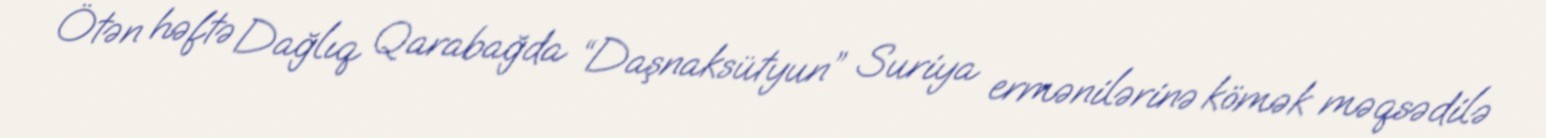
Ötən həftə Dağlıq Qarabağda “Daşnaksütyun” Suriya ermənilərinə kömək məqsədilə